Indian journal of veterinary science and animal husbandry - Volume 2,
Year: 1932
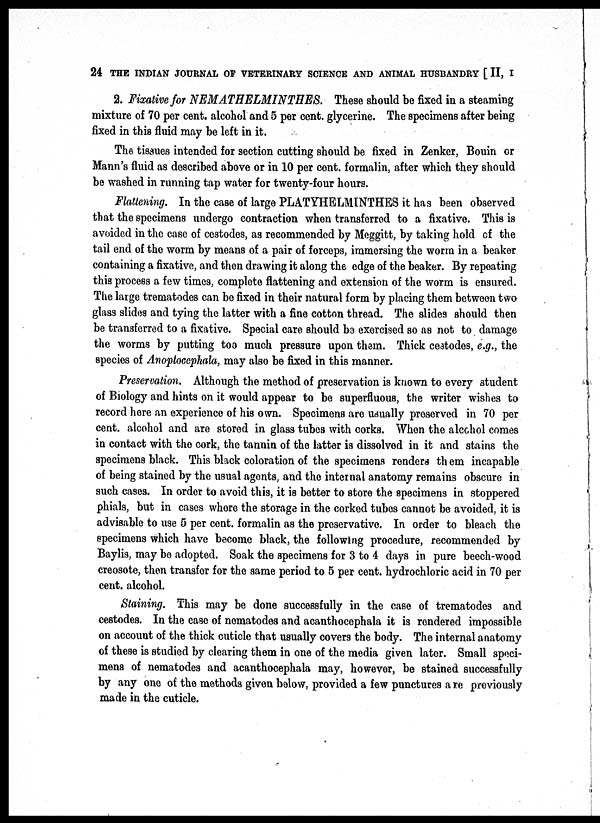
24 THE INDIAN JOURNAL OF VETERINARY SCIENCE AND ANIMAL HUSBANDRY [ II, I
2. Fixative for NEMATHELMINTHES.
These should be fixed in a steaming
mixture of 70 per cent. alcohol and 5 per cent. glycerine. The specimens after being
fixed in this fluid may be left in it.
The tissues intended for section cutting should be fixed in Zenker, Bouin or
Mann's fluid as described above or in 10 per cent. formalin, after which they should
be washed in running tap water for twenty-four hours.
Flattening. In the case of large PLATYHELMINTHES it has been observed
that the specimens undergo contraction when transferred to a fixative. This is
avoided in the case of cestodes, as recommended by Meggitt, by taking hold of the
tail end of the worm by means of a pair of forceps, immersing the worm in a beaker
containing a fixative, and then drawing it along the edge of the beaker. By repeating
this process a few times, complete flattening and extension of the worm is ensured.
The large trematodes can be fixed in their natural form by placing them between two
glass slides and tying the latter with a fine cotton thread. The slides should then
be transferred to a fixative. Special care should be exercised so as not to damage
the worms by putting too much pressure upon them. Thick cestodes, e.g., the
species of Anoptocephala, may also be fixed in this manner.
Preservation. Although the method of preservation is known to every student
of Biology and hints on it would appear to be superfluous, the writer wishes to
record here an experience of his own. Specimens are usually preserved in 70 per
cent. alcohol and are stored in glass tubes with corks. When the alcohol comes
in contact with the cork, the tannin of the latter is dissolved in it and stains the
specimens black. This black coloration of the specimens renders them incapable
of being stained by the usual agents, and the internal anatomy remains obscure in
such cases. In order to avoid this, it is better to store the specimens in stoppered
phials, but in cases where the storage in the corked tubes cannot be avoided, it is
advisable to use 5 per cent. formalin as the preservative. In order to bleach the
specimens which have become black, the following procedure, recommended by
Baylis, may be adopted. Soak the specimens for 3 to 4 days in pure beech-wood
creosote, then transfer for the same period to 5 per cent. hydrochloric acid in 70 per
cent. alcohol.
Staining. This may be done successfully in the case of trematodes and
cestodes. In the case of nematodes and acanthocephala it is rendered impossible
on account of the thick cuticle that usually covers the body. The internal anatomy
of these is studied by clearing them in one of the media given later. Small speci-
mens of nematodes and acanthocephala may, however, be stained successfully
by any one of the methods given below, provided a few punctures are previously
made in the cuticle.